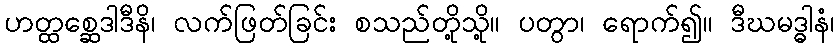
ဟတ္ထစ္ဆေဒါဒီနိ၊ လက်ဖြတ်ခြင်း စသည်တို့သို့။ ပတွာ၊ ရောက်၍။ ဒီဃမဒ္ဓါနံ၊